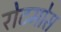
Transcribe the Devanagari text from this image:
रोटमोस